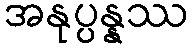
အနုပ္ပန္နဿ